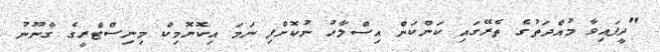
"ދީފައިވާ މުއްދަތުގެ ތެރޭގައި ކަންކަން އިސްލާހު ނުކޮށްފި ނަމަ އިކޮނޮމިކް މިނިސްޓްރީގެ ގާނޫނު